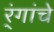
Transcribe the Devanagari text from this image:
र्ंगांचे